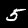
Label: 5